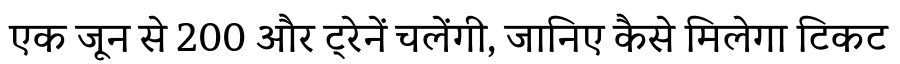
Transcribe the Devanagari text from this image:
एक जून से 200 और ट्रेनें चलेंगी, जानिए कैसे मिलेगा टिकट